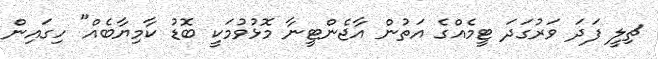
ޗިލީ ފަދަ ވަރުގަދަ ޓީމެއްގެ އަތުން އާޖެންޓީނާ މޮޅުވުމަކީ ބޮޑު ކާމިޔާބެއް" ހިގައިން